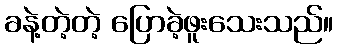
ခနဲ့တဲ့တဲ့ ပြောခဲ့ဖူးသေးသည်။